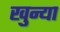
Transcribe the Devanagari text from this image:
खुन्या